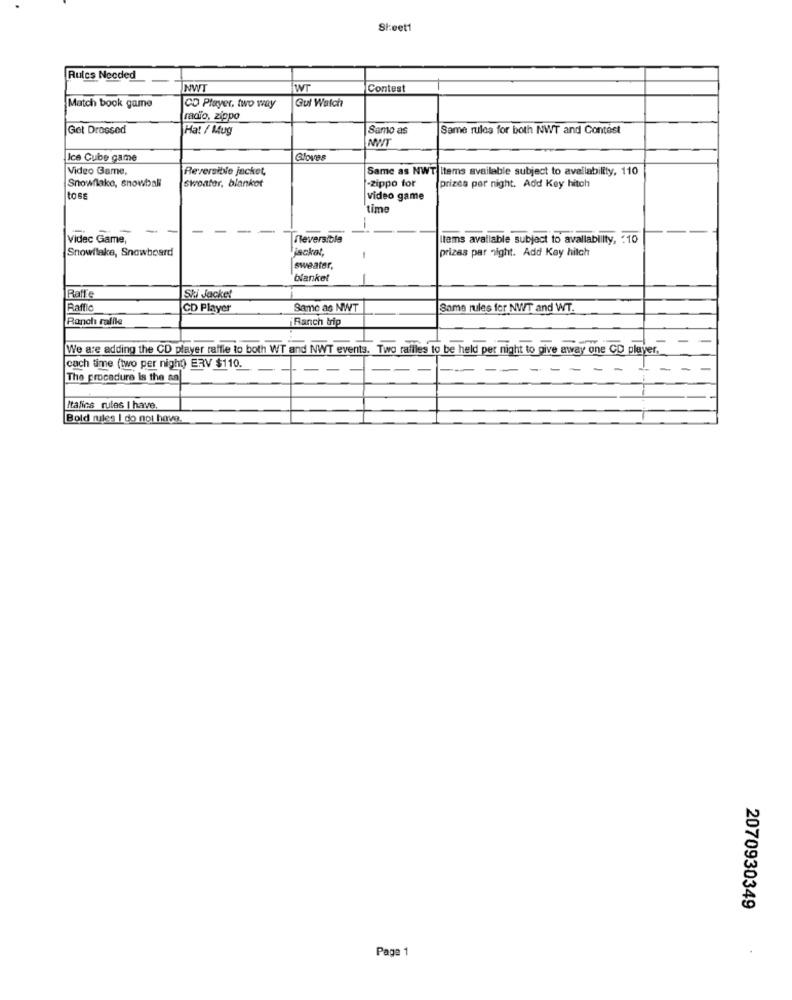
Sieet1
Rules Needed
NWT
IWT
Contest
Match book game
Gul Watch
CD Player, two way
radio, zippo
Get Dressed
Hat / Mug
Samo as
Same rules for both NWT and Contest
NWT
Ice Cube game
Gloves
Video Game,
Reversible jacket,
Same as NWT Items available subject to availability, 110
Snowflake, snowbali
Sweater, blanket
-zippo for
prizes per night. Add Key hitch
tos
video game
time
-
Videc Game,
Reversible
Items available subject to availability, : 10
Snowflake, Snowboard
jackal,
prizes par night. Add Key hitch
1
sweater,
blanket
Raffe
Ski Jacket
Rafflo
CD Player
Same as NWT
Same rules for NWT and WT.
Ranch raffle
iRanch trip
We are adding the CD player raffle to both WT and NWT events. Two rafiles to be held per night to give away one CD player,
each time (two per night) ERV $110.
The procedure Is the anl
- -
--
Italics rules I have.
Bold rules I do not have.
2070930349
Page 1
.